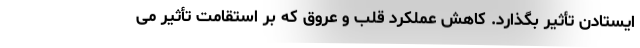
ایستادن تأثیر بگذارد. کاهش عملکرد قلب و عروق که بر استقامت تأثیر می